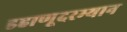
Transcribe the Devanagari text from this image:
डहाणूदरम्यान